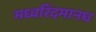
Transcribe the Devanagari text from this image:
मध्वरिंदमानघ